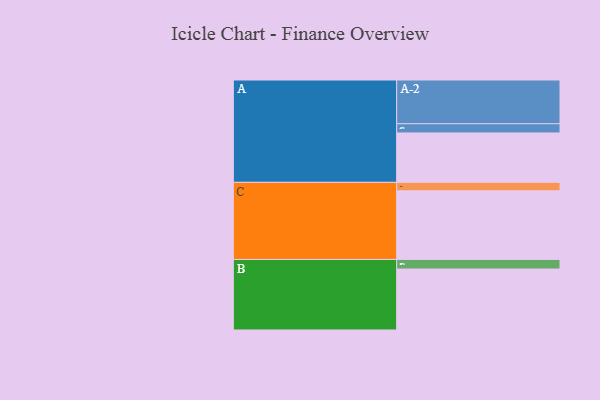
{"axis": {"x": "Segment", "y": "Value"}, "legend": ["", "A", "B", "C"], "data": [{"x": "A", "y": 315, "type": ""}, {"x": "B", "y": 389, "type": ""}, {"x": "C", "y": 438, "type": ""}, {"x": "A-1", "y": 59, "type": "A"}, {"x": "A-2", "y": 279, "type": "A"}, {"x": "B-1", "y": 61, "type": "B"}, {"x": "C-1", "y": 54, "type": "C"}]}